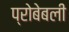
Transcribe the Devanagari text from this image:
प्रोबेबली